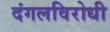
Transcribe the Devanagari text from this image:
दंगलविरोधी